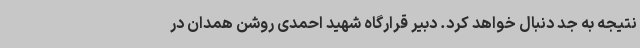
نتیجه به جد دنبال خواهد کرد. دبیر قرارگاه شهید احمدی روشن همدان در